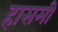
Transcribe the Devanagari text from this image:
हासमी